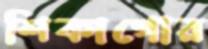
শিকাগোর